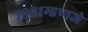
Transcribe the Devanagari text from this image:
१९३१म्हणजे